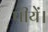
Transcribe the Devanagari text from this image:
पीयें।